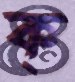
ক্